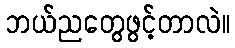
ဘယ်ညတွေဖွင့်တာလဲ။